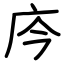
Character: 庈